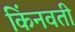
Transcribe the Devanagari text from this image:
किंनवती